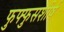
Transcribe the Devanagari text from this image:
फुफ्फुसशीर्ष